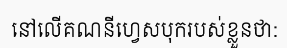
នៅលើគណនីហ្វេសបុករបស់ខ្លួនថា: